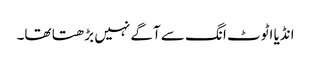
انڈیا اٹوٹ انگ سے آگے نہیں بڑھتا تھا۔